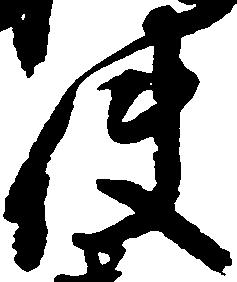
使